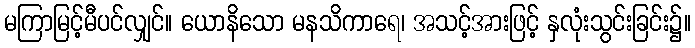
မကြာမြင့်မီပင်လျှင်။ ယောနိသော မနသိကာရေ၊ အသင့်အားဖြင့် နှလုံးသွင်းခြင်း၌။